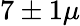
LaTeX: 7\pm 1\mu